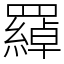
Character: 羄